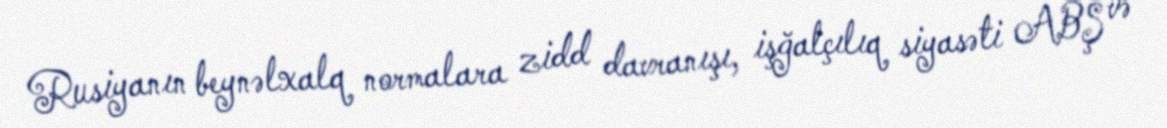
Rusiyanın beynəlxalq normalara zidd davranışı, işğalçılıq siyasəti ABŞ və